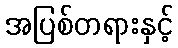
အပြစ်တရားနှင့်